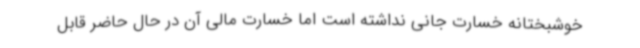
خوشبختانه خسارت جانی نداشته است اما خسارت مالی آن در حال حاضر قابل